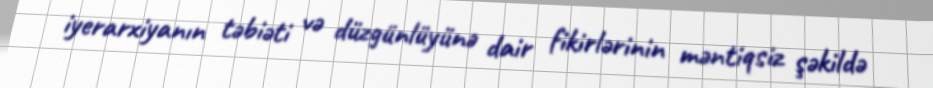
iyerarxiyanın təbiəti və düzgünlüyünə dair fikirlərinin məntiqsiz şəkildə